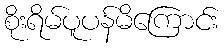
စိုးရိမ်ပူပန်မိကြောင်း